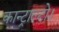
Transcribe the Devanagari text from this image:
कान्ट्राल्टो।